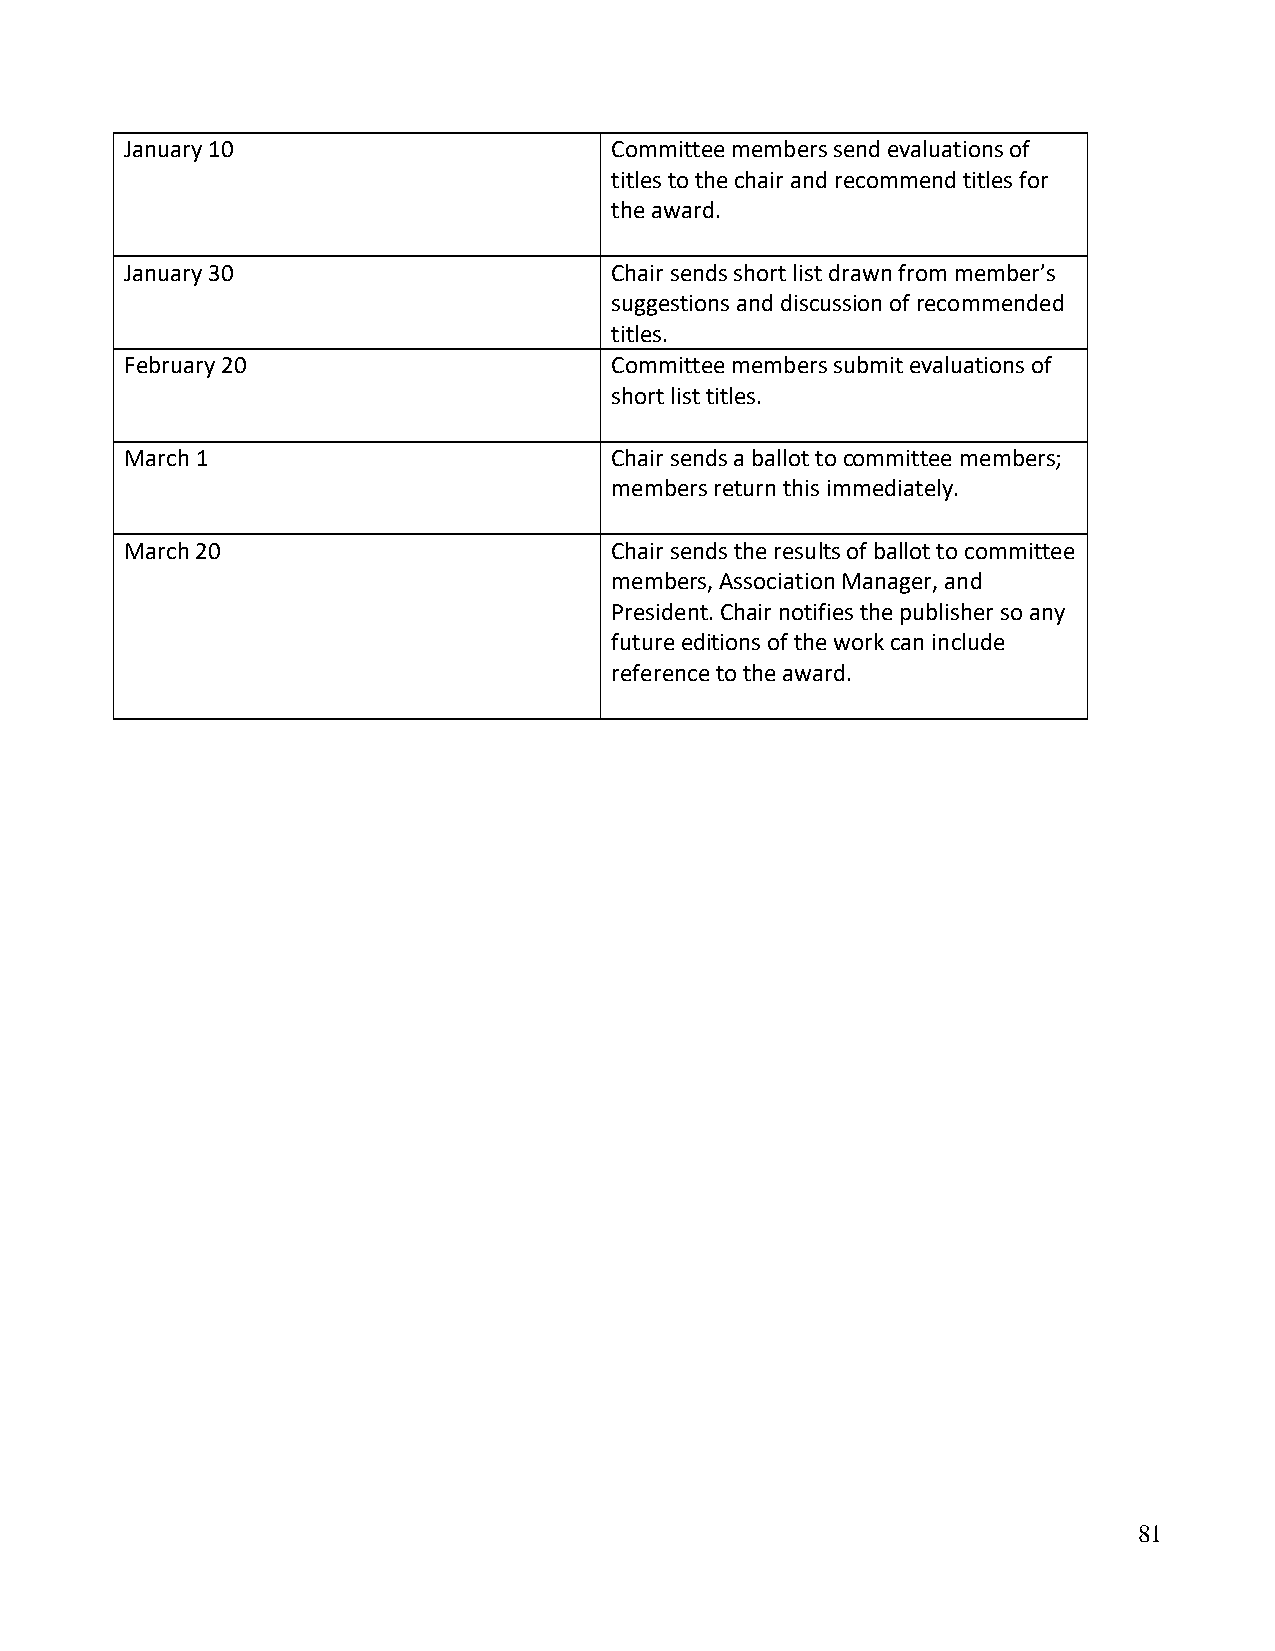
January 10                      Committee members send evaluations of
 titles to the chair and recommend titles for
 the award.
 January 30                      Chair sends short list drawn from member’s
 suggestions and discussion of recommended
 titles.
 February 20                     Committee members submit evaluations of
 short list titles.
 March 1                         Chair sends a ballot to committee members;
 members return this immediately.
 March 20                        Chair sends the results of ballot to committee
 members, Association Manager, and
 President. Chair notifies the publisher so any
 future editions of the work can include
 reference to the award.
 81